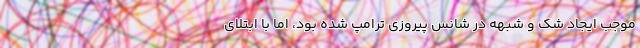
موجب ایجاد شک و شبهه در شانس پیروزی ترامپ شده بود، اما با ابتلای